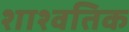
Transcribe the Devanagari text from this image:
शाश्वतिक